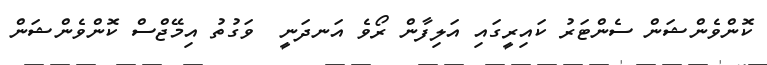
ކޮންވެންޝަން ސެންޓަރު ކައިރީގައި އަލިފާން ރޯވެ އަނދަނީ  ވަގުތު އިމޭޖްސް ކޮންވެންޝަން